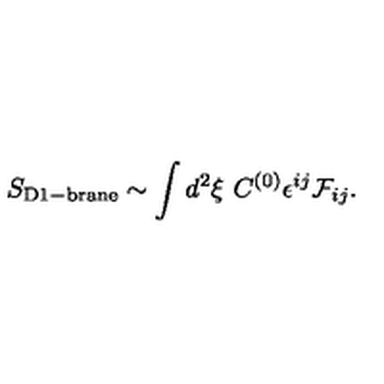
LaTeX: S _ { \mathrm { D 1 - b r a n e } } \sim \int d ^ { 2 } \xi \ C ^ { ( 0 ) } \epsilon ^ { i j } { \cal F } _ { i j } .